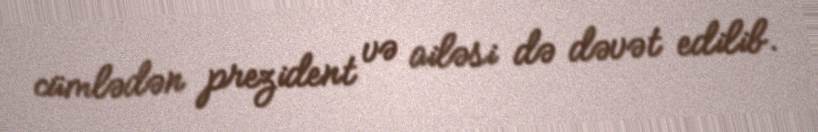
cümlədən prezident və ailəsi də dəvət edilib.